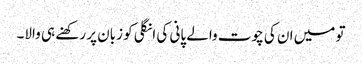
تو میں ان کی چوت والے پانی کی انگلی کو زبان پر رکھنے ہی والا۔